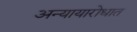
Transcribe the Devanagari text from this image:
अन्यायारोधात